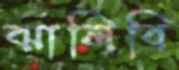
ঝালিবি